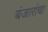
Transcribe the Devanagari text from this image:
बंजारांचा